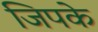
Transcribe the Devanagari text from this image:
जिपके